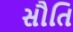
સૌતિ